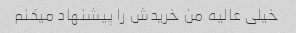
خیلی عالیه من خریدش را پیشنهاد میکنم